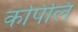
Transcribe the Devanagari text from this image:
कंपिलि